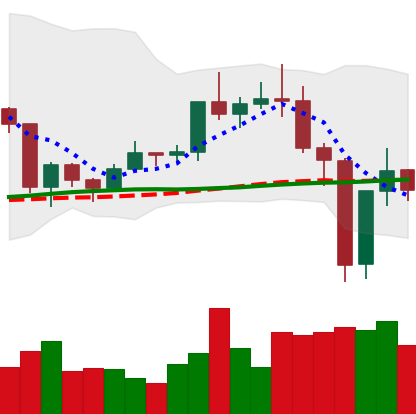
Ticker: TRX-USD
Chart end date: 2020-12-26
Forward return: -3.263%
Label: down_3_5